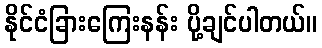
နိုင်ငံခြားကြေးနန်း ပို့ချင်ပါတယ်။